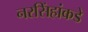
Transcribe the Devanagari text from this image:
नरसिंहांकडे